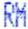
RM